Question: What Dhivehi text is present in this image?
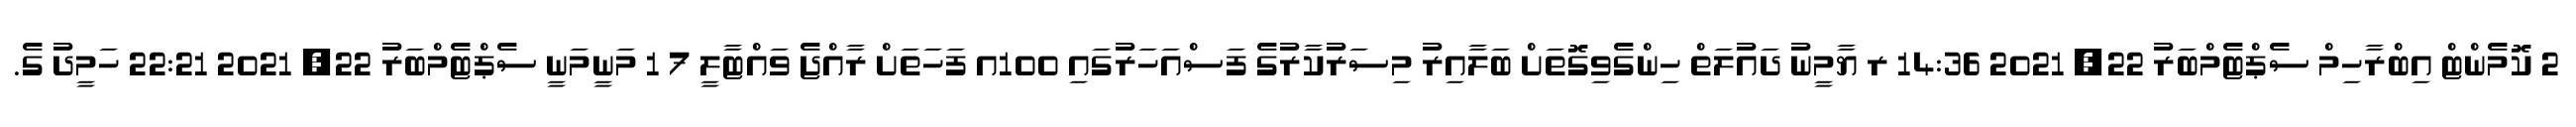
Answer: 2 ކޮމެންޓް އިބްރާހިމް ސެޕްޓެމްބަރު 22, 2021 14:36 ރ ޔާމީނު ދައުލަތް ހިންގެވިގޮތަށް ބަލާއިރު މިސަރުކާރުގެ ފަސްއަހަރުގައި 100އ ފަހަތަށް ރާއްޖެ ވައްޓާލީ 7 1 މަނީމަނީ ސެޕްޓެމްބަރު 22, 2021 22:21 ހަމީދު ގެ.